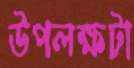
উপলক্ষটা